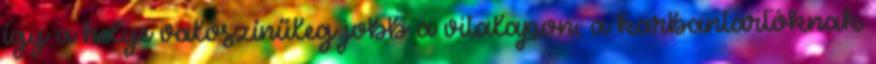
így a helye valószínűleg jobb a vitalapon, a karbantartóknak